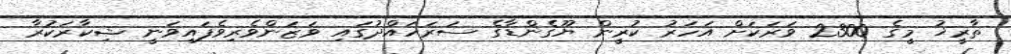
ތާރީޚު މީގެ 2300 ވަރަކަށް އަހަރު ކުރީން ޔޫގެންޑާގެ ސަރަހައްދުގައި ވަޒަންވެރިވެފައިވަނީ ޝިކާރަކުރާ